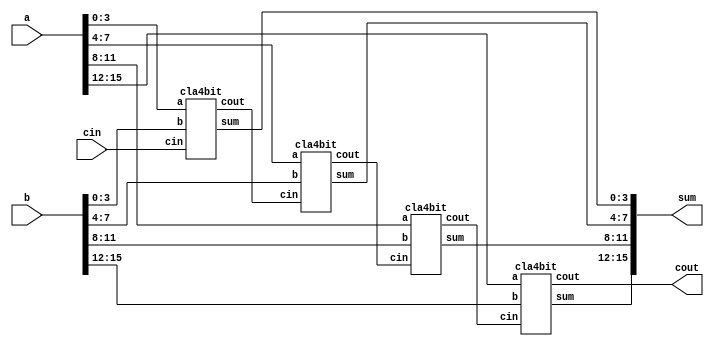
//# 16_bit_cla
`timescale 1ns / 1ps
//////////////////////////////////////////////////////////////////////////////////
// Company: 
// Engineer: 
// 
// Design Name: 
// Module Name:    cla_2 
// Project Name: 
// Target Devices: 
// Tool versions: 
// Description: 
//
// Dependencies: 
//
// Revision: 
// Revision 0.01 - File Created
// Additional Comments: 
//
//////////////////////////////////////////////////////////////////////////////////
module cla_2(a,b,cin,sum,cout);
input [15:0] a,b;
input cin;
output [15:0] sum;
output cout;
wire c1,c2,c3;

cla4bit cla1(.a(a[3:0]),.b(b[3:0]),.cin(cin),.sum(sum[3:0]),.cout(c1));
cla4bit cla2(.a(a[7:4]),.b(b[7:4]),.cin(c1),.sum(sum[7:4]),.cout(c2));
cla4bit cla3(.a(a[11:8]),.b(b[11:8]),.cin(c2),.sum(sum[11:8]),.cout(c3));
cla4bit cla4(.a(a[15:12]),.b(b[15:12]),.cin(c3),.sum(sum[15:12]),.cout(cout));
endmodule

module cla4bit(a,b,cin,sum,cout);
input [3:0] a,b;
input cin;
output [3:0] sum;
output cout;
wire [3:0] p,g,c;

assign p=a^b;
assign g=a&b;

assign c[0]=cin;
assign c[1]=g[0]|(p[0]&c[0]);
assign c[2]=g[1]|(p[1]&g[0])|(p[2]&p[0]&c[0]);
assign c[3]=g[2]|(p[2]&g[1])|(p[2]&p[1]&g[0])|(p[2]&p[1]&p[0]&c[0]);
assign cout=g[3]|(p[3]&g[2])|(p[3]&p[2]&g[1])|(p[3]&p[2]&p[1]&g[0])|(p[3]&p[2]&p[1]&p[0]&c[0]);
assign sum=p^c;

endmodule